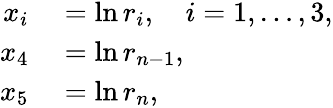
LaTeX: \begin{array}{rl}{x_{i}}&{{}=\ln{r_{i}},\quad i=1,\ldots,3,}\\ {x_{4}}&{{}=\ln{r_{n-1}},}\\ {x_{5}}&{{}=\ln{r_{n}},}\end{array}